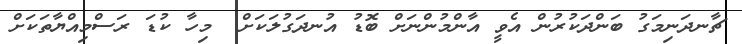
ޗާނދަނިމަގު ބަންދަކުރުން އެވީ އާންމުންނަށް ބޮޑު އުނދަގުލަކަށް  މިހާ ކުޑަ ރަސްމިއްޔާތަކަށް